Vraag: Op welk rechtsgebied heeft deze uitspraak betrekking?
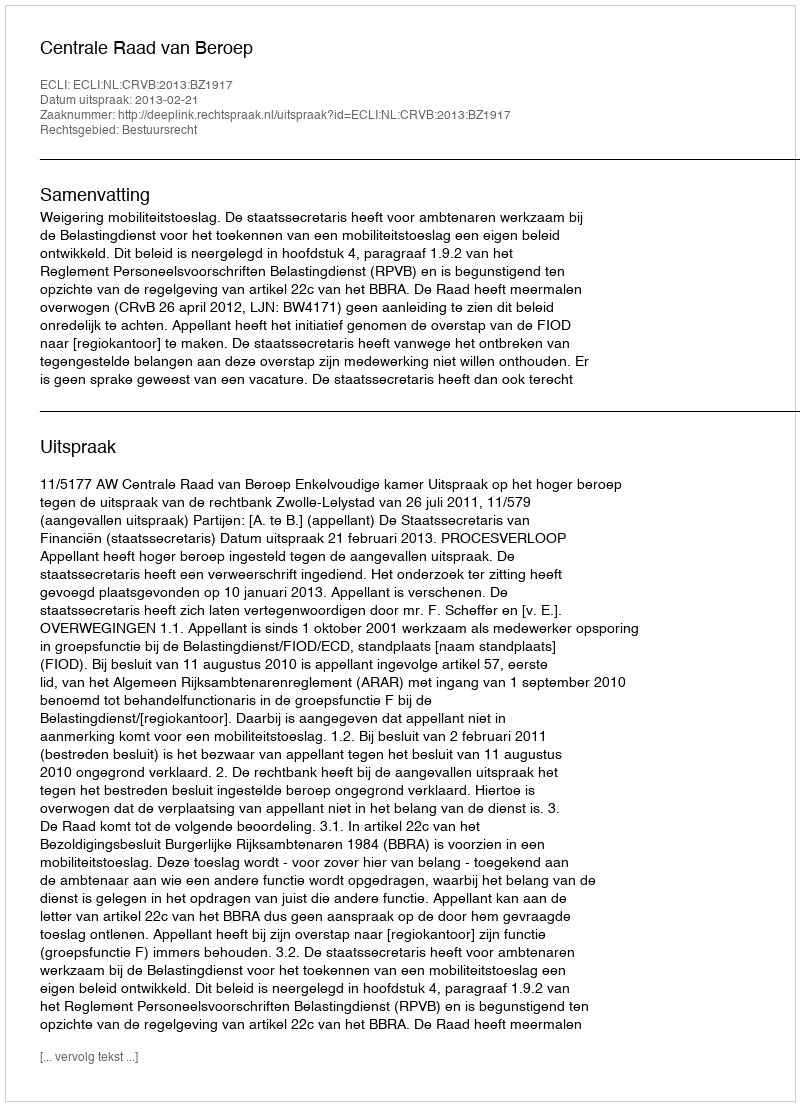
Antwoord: Bestuursrecht